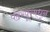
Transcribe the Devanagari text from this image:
पंढरपूरमधून